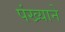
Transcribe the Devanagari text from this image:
पंख्याने